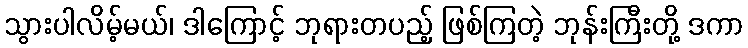
သွားပါလိမ့်မယ်၊ ဒါကြောင့် ဘုရားတပည့် ဖြစ်ကြတဲ့ ဘုန်းကြီးတို့ ဒကာ